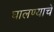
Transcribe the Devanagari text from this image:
घालण्‍याचे